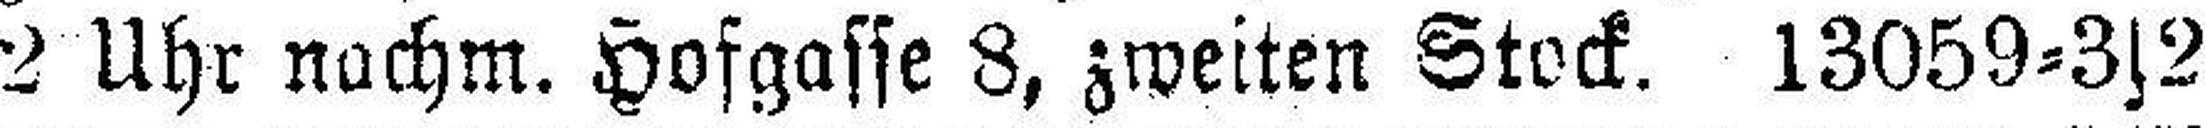
2 Uhr nachm. Hofgasse 8, zweiten Stock. 13059=3s2